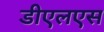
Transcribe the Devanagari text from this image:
डीएलएस